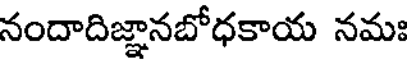
నందాదిజ్ఞానబోధకాయ నమః